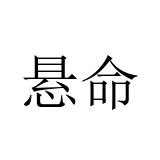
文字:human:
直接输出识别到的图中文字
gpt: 悬命